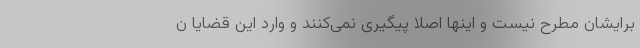
برایشان مطرح نیست و اینها اصلا پیگیری نمی‌کنند و وارد این قضایا ن